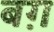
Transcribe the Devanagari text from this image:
बग़